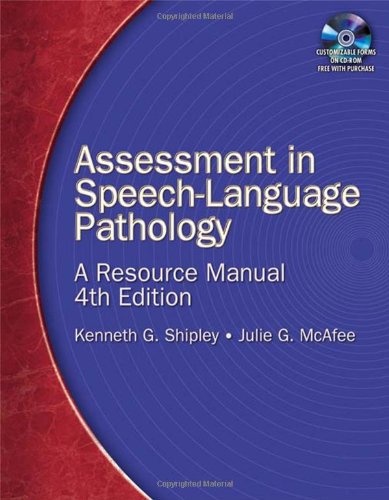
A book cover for Assessment in Speech-Language Pathology: A Resource Manual; Kenneth G. Shipley; Medical Books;